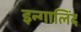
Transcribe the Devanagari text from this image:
इन्गालिंद